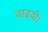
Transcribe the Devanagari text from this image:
वाढवी।